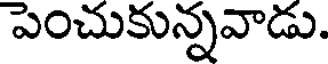
పెంచుకున్నవాడు.